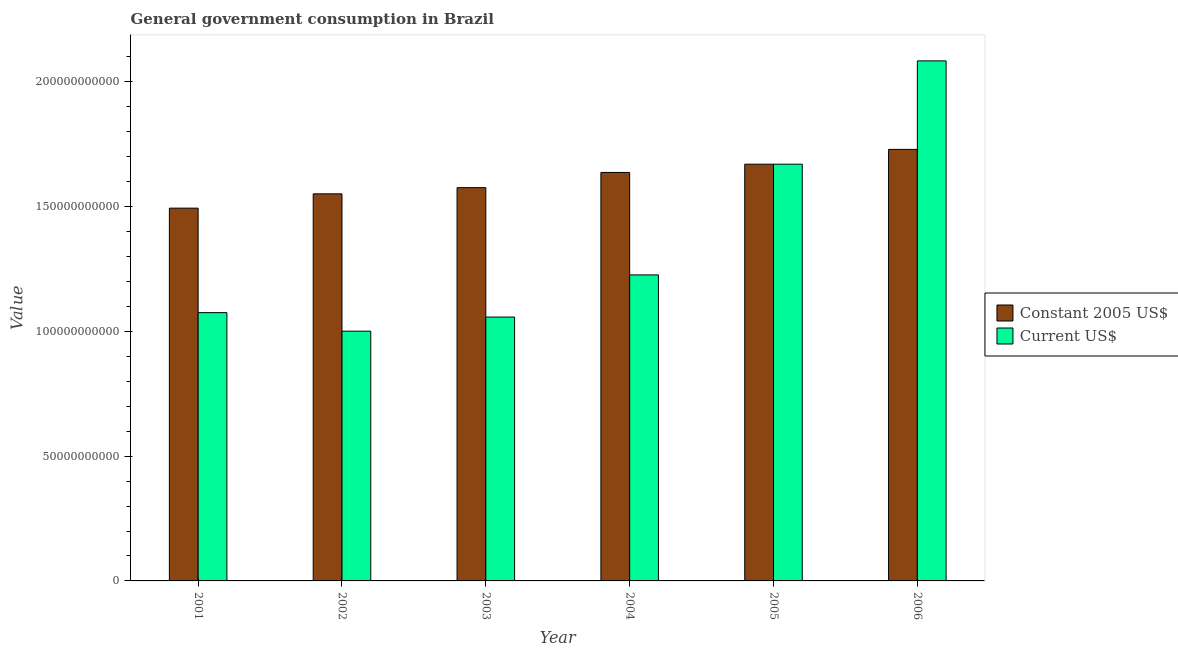
| Year | Constant 2005 US$ | Current US$ |
 | --- | --- | --- |
 | 2001 | 1.49e+11 | 1.08e+11 |
 | 2002 | 1.55e+11 | 1e+11 |
 | 2003 | 1.58e+11 | 1.06e+11 |
 | 2004 | 1.64e+11 | 1.23e+11 |
 | 2005 | 1.67e+11 | 1.67e+11 |
 | 2006 | 1.73e+11 | 2.08e+11 |